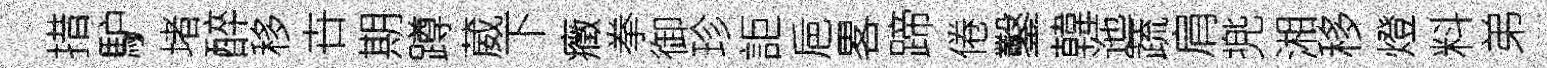
措馿堵醉移卋期蹲葳下癥拳御珍詎巵畧蹄倦鑿韓迤蔬肩兠湘移燈料弟